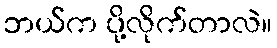
ဘယ်က ပို့လိုက်တာလဲ။